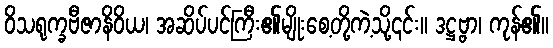
ဝိသရုက္ခဗီဇာနိဝိယ၊ အဆိပ်ပင်ကြီး၏မျိုးစေ့တို့ကဲ့သို့၎င်း။ ဒဋ္ဌဗ္ဗာ၊ ကုန်၏။